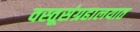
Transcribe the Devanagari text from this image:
वस्तूसंग्रहालयात